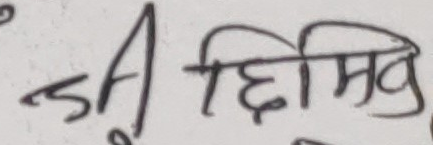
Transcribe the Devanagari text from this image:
छिमिव